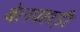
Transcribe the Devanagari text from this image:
बेलपहाड़ी